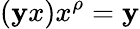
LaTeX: (\mathbf{y}x)x^{\rho}=\mathbf{y}